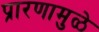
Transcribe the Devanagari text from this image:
प्रारणामुळे